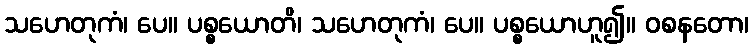
သဟေတုကံ၊ ပေ။ ပစ္စယောတိ၊ သဟေတုကံ၊ ပေ။ ပစ္စယောဟူ၍။ ဝစနတော၊